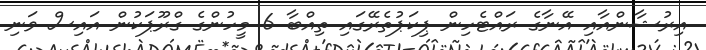
އިރުޝާންއާއި އޭނާގެ ރައްޓެހިން ޕިކަޕުތެރޭގައި ތިއްބާ 6 މީހުންގެ ގްރޫޕަކުން އައިސް ވަނި